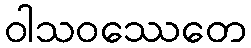
ဝါသဝဿေတေ